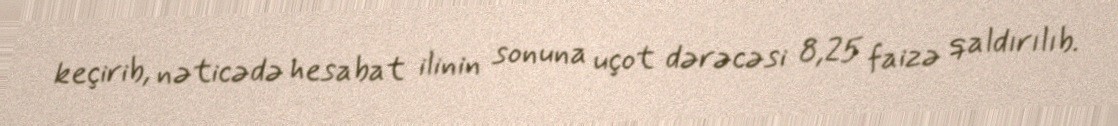
keçirib, nəticədə hesabat ilinin sonuna uçot dərəcəsi 8,25 faizə qaldırılıb.